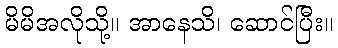
မိမိအလိုသို့။ အာနေသိ၊ ဆောင်ပြီး။